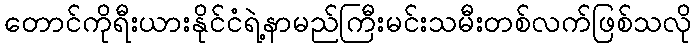
တောင်ကိုရီးယားနိုင်ငံရဲ့နာမည်ကြီးမင်းသမီးတစ်လက်ဖြစ်သလို